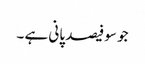
جو سو فیصد پانی ہے ۔